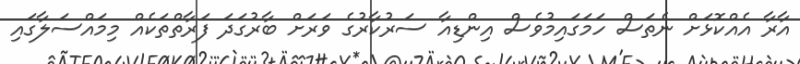
އާރާ އެއްކޮޅަށް ނެތަސް ހަމަގައިމުވެސް އިންޑިއާ ސަރުކާރުގެ ވަރަށް ބާރުގަދަ ފަރާތްތަކެއް މިމައްސަލާގައި